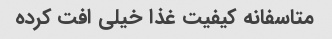
متاسفانه کیفیت غذا خیلی افت کرده